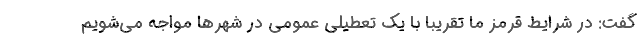
گفت: در شرایط قرمز ما تقریبا با یک تعطیلی عمومی در شهرها مواجه می‌شویم